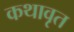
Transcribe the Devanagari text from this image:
कथावृत